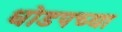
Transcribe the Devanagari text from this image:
धोडपच्या